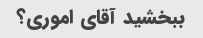
ببخشید آقای اموری؟